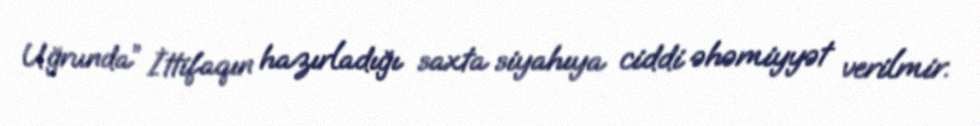
Uğrunda” İttifaqın hazırladığı saxta siyahıya ciddi əhəmiyyət verilmir.